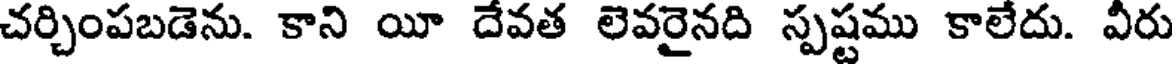
చర్చింపబడెను. కాని యీ దేవత లెవరైనది స్పష్టము కాలేదు. వీరు